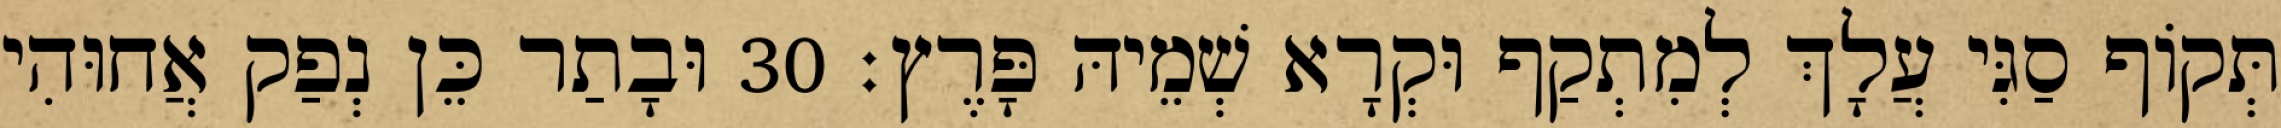
תְּקוֹף סַגִּי עֲלָךְ לְמִתְקַף וּקְרָא שְׁמֵיהּ פָּרֶץ׃ 30 וּבָתַר כֵּן נְפַק אֲחוּהִי